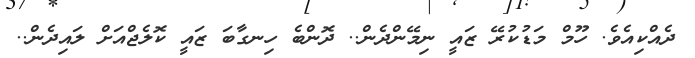
ދެއްކިއެވެ. ހޫމް މަޑުކުރޭ ޒައީ ނިމޭންދެން.. ދޮންބެ ހިނގާބަ ޒައީ ކޮލެޖްއަށް ލައިދެން..